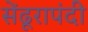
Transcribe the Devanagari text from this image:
सेंढूरापंदी